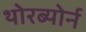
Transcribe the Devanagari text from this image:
थोरब्योर्न